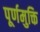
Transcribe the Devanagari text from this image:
पूर्णमुक्ति